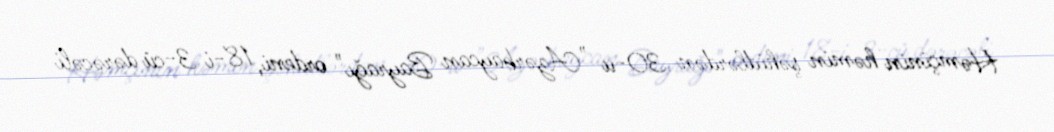
Həmçinin həmin şəhidlərdən 30-u "Azərbaycan Bayrağı" ordeni, 18-i 3-cü dərəcəli